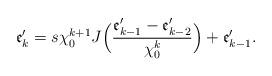
LaTeX: \begin{align*}\mathfrak{e}'_{k}=s\chi_0^{k+1}J\Big(\frac{\mathfrak{e}'_{k-1}-\mathfrak{e}'_{k-2}}{\chi_0^{k}}\Big)+\mathfrak{e}'_{k-1}.\end{align*}